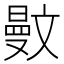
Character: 𣁜